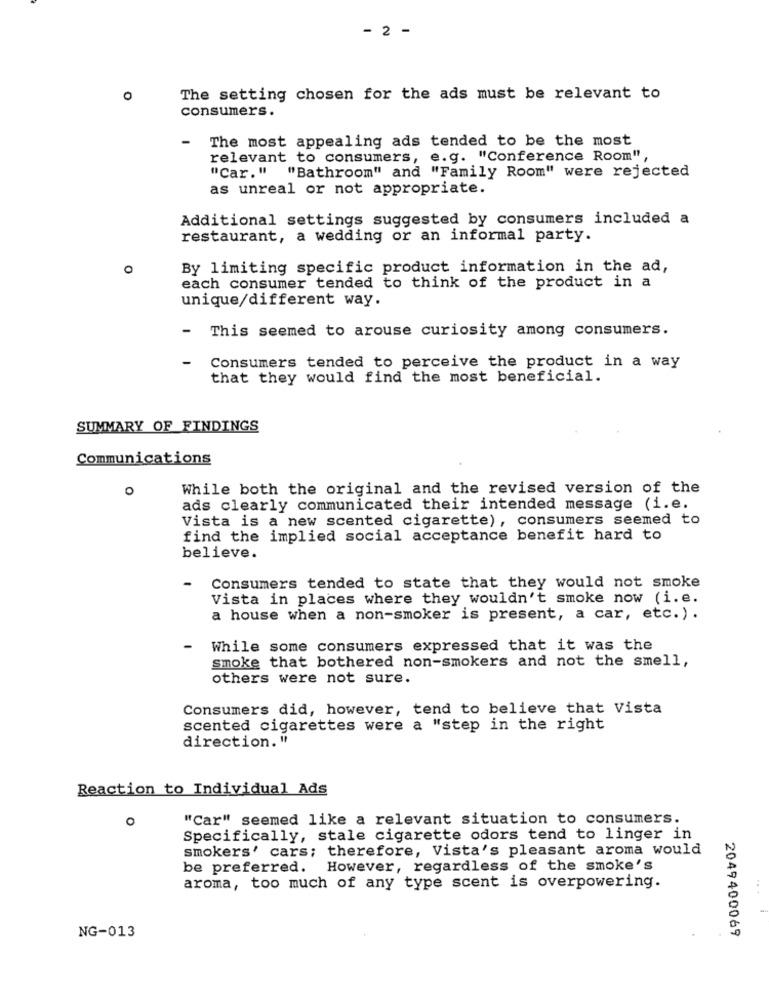
- 2 -
o
The setting chosen for the ads must be relevant to
consumers.
The most appealing ads tended to be the most
relevant to consumers, e.g. "Conference Room",
"Car." "Bathroom" and "Family Room" were rejected
as unreal or not appropriate.
Additional settings suggested by consumers included a
restaurant, a wedding or an informal party.
0
By limiting specific product information in the ad,
each consumer tended to think of the product in a
unique/different way.
- This seemed to arouse curiosity among consumers.
Consumers tended to perceive the product in a way
that they would find the most beneficial.
SUMMARY OF FINDINGS
Communications
0
While both the original and the revised version of the
ads clearly communicated their intended message (i.e.
Vista is a new scented cigarette), consumers seemed to
find the implied social acceptance benefit hard to
believe.
Consumers tended to state that they would not smoke
-
Vista in places where they wouldn't smoke now (i.e.
a house when a non-smoker is present, a car, etc.).
While some consumers expressed that it was the
smoke that bothered non-smokers and not the smell,
others were not sure.
Consumers did, however, tend to believe that Vista
scented cigarettes were a "step in the right
direction. "
Reaction to Individual Ads
o
"Car" seemed like a relevant situation to consumers.
Specifically, stale cigarette odors tend to linger in
smokers' cars; therefore, Vista's pleasant aroma would
be preferred.
However, regardless of the smoke's
aroma, too much of any type scent is overpowering.
.. .
2049400069
NG-013